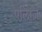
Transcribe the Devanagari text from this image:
एलिंग्ज़